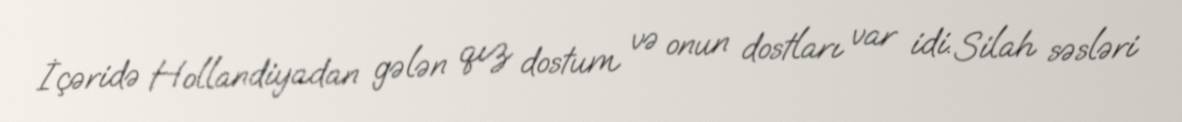
İçəridə Hollandiyadan gələn qız dostum və onun dostları var idi. Silah səsləri